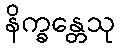
နိက္ခန္တေသု